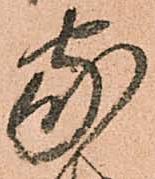
家